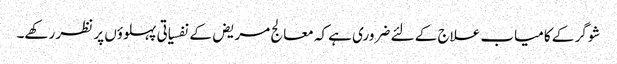
شوگر کے کامیاب علاج کے لئے ضروری ہے کہ معالج مریض کے نفسیاتی پہلوؤں پر نظر رکھے۔